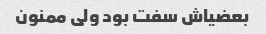
بعضیاش سفت بود ولی ممنون